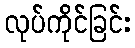
လုပ်ကိုင်ခြင်း